Annual administration report of the Civil Veterinary Department of India - 1893-1894
Year: 1893
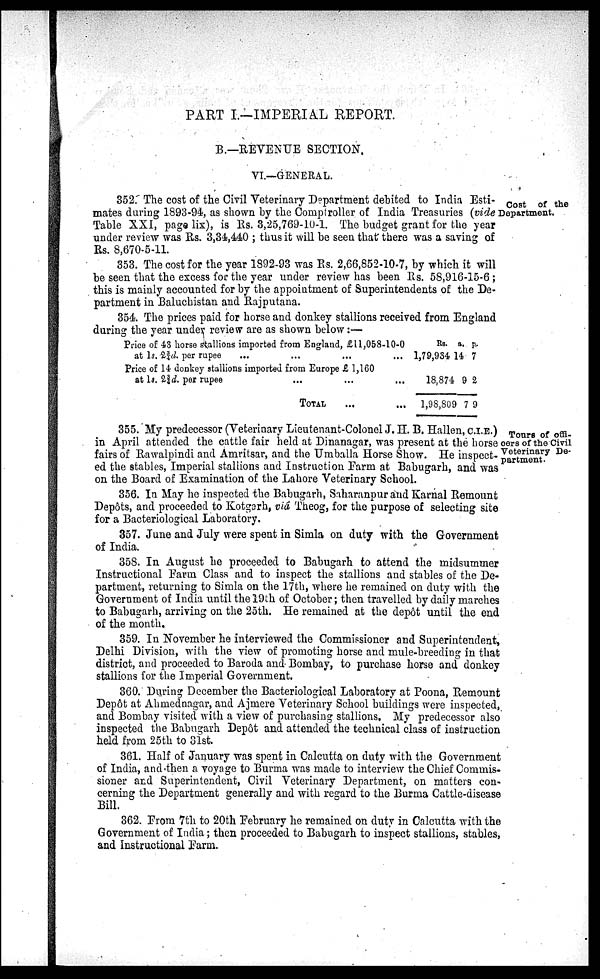
PART I.—IMPERIAL REPORT.
B.—REVENUE SECTION.
VI.—GENERAL.
Cost of the
Department.
352. The cost of the Civil Veterinary Department debited to India Esti-
mates during 1893-94, as shown by the Comptroller of India Treasuries (vide
Table XXI, page lix), is Rs. 3,25,769-10-1. The budget grant for the year
under review was Rs. 3,34,440; thus it will be seen that there was a saving of
Rs. 8,670-5-11.
353. The cost for the year 1892-93 was Rs. 2,66,852-10-7, by which it will
be seen that the excess for the year under review has been Rs. 58,916-15-6;
this is mainly accounted for by the appointment of Superintendents of the De-
partment in Baluchistan and Rajputana.
354. The prices paid for horse and donkey stallions received from England
during the year under review are as shown below:—
Price of 43 horse stallions imported from England, £11,058-10-0
at 1s. 2¾d. per rupee ... ... ... ...
Price of 14 donkey stallions imported from Europe £ 1,160
at ls. 2¾d. per rupee ... ... ... ...
TOTAL ... ...
Rs.
1,79,934
18,874
1,98,809
a.
14
9
7
p.
7
2
9
Tours of offi-
cers of the Civil
Veterinary De-
partment.
355. My predecessor (Veterinary Lieutenant-Colonel J. H. B. Hallen, C.I.E.)
in April attended the cattle fair held at Dinanagar, was present at the horse
fairs of Rawalpindi and Amritsar, and the Umballa Horse Show. He inspect-
ed the stables, Imperial stallions and Instruction Farm at Babugarh, and was
on the Board of Examination of the Lahore Veterinary School.
356. In May he inspected the Babugarh, Saharanpur and Karnal Remount
Depôts, and proceeded to Kotgarh, viâ Theog, for the purpose of selecting site
for a Bacteriological Laboratory.
357. June and July were spent in Simla on duty with the Government
of India.
358. In August he proceeded to Babugarh to attend the midsummer
Instructional Farm Class and to inspect the stallions and stables of the De-
partment, returning to Simla on the 17th, where he remained on duty with the
Government of India until the 19th of October; then travelled by daily marches
to Babugarh, arriving on the 25th. He remained at the depôt until the end
of the month.
359. In November he interviewed the Commissioner and Superintendent,
Delhi Division, with the view of promoting horse and mule-breeding in that
district, and proceeded to Baroda and Bombay, to purchase horse and donkey
stallions for the Imperial Government.
360. During December the Bacteriological Laboratory at Poona, Remount
Depôt at Ahmednagar, and Ajmere Veterinary School buildings were inspected,
and Bombay visited with a view of purchasing stallions. My predecessor also
inspected the Babugarh Depôt and attended the technical class of instruction
held from 25th to 31st.
361. Half of January was spent in Calcutta on duty with the Government
of India, and then a voyage to Burma was made to interview the Chief Commis-
sioner and Superintendent, Civil Veterinary Department, on matters con-
cerning the Department generally and with regard to the Burma Cattle-disease
Bill.
362. From 7th to 20th February he remained on duty in Calcutta with the
Government of India; then proceeded to Babugarh to inspect stallions, stables,
and Instructional Farm.